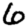
Digit: 6